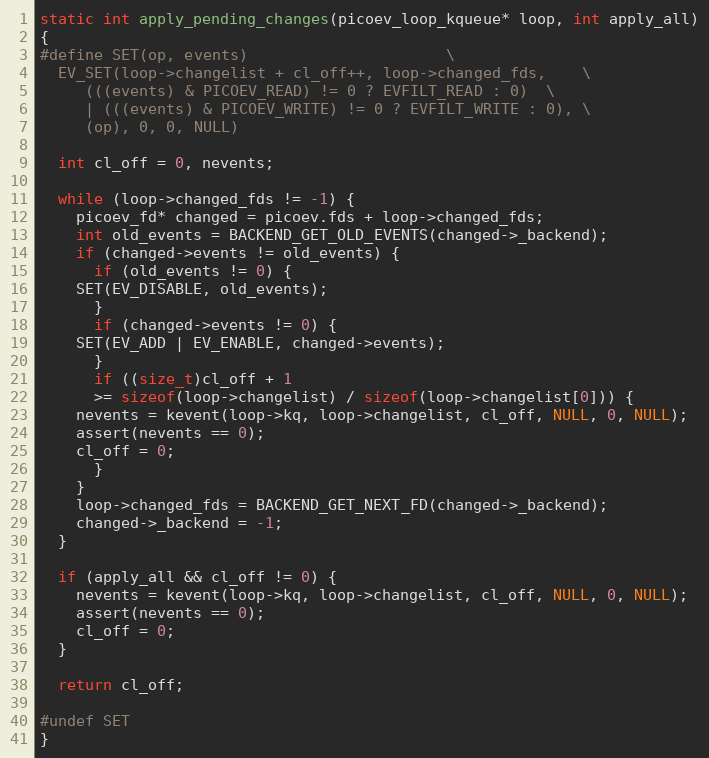
Language: C
static int apply_pending_changes(picoev_loop_kqueue* loop, int apply_all)
{
#define SET(op, events)						\
  EV_SET(loop->changelist + cl_off++, loop->changed_fds,	\
	 (((events) & PICOEV_READ) != 0 ? EVFILT_READ : 0)	\
	 | (((events) & PICOEV_WRITE) != 0 ? EVFILT_WRITE : 0), \
	 (op), 0, 0, NULL)

  int cl_off = 0, nevents;

  while (loop->changed_fds != -1) {
    picoev_fd* changed = picoev.fds + loop->changed_fds;
    int old_events = BACKEND_GET_OLD_EVENTS(changed->_backend);
    if (changed->events != old_events) {
      if (old_events != 0) {
	SET(EV_DISABLE, old_events);
      }
      if (changed->events != 0) {
	SET(EV_ADD | EV_ENABLE, changed->events);
      }
      if ((size_t)cl_off + 1
	  >= sizeof(loop->changelist) / sizeof(loop->changelist[0])) {
	nevents = kevent(loop->kq, loop->changelist, cl_off, NULL, 0, NULL);
	assert(nevents == 0);
	cl_off = 0;
      }
    }
    loop->changed_fds = BACKEND_GET_NEXT_FD(changed->_backend);
    changed->_backend = -1;
  }

  if (apply_all && cl_off != 0) {
    nevents = kevent(loop->kq, loop->changelist, cl_off, NULL, 0, NULL);
    assert(nevents == 0);
    cl_off = 0;
  }

  return cl_off;

#undef SET
}